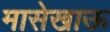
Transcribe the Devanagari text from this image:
मासेखाऊ